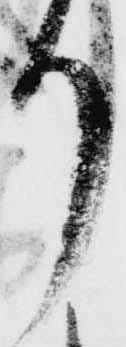
り